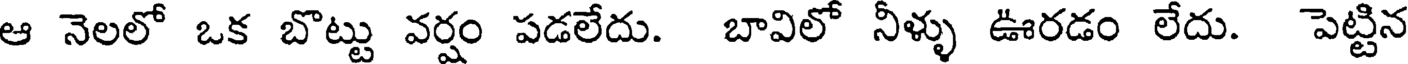
ఆ నెలలో ఒక బొట్టు వర్షం పడలేదు. బావిలో నీళ్ళు ఊరడం లేదు. పెట్టిన